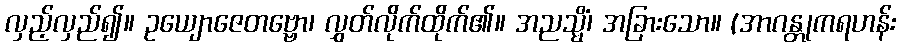
လှည့်လှည်၍။ ဥယျောဇေတဗ္ဗော၊ လွှတ်လိုက်ထိုက်၏။ အညသ္မိံ၊ အခြားသော။ (အာဂန္တုကရဟန်း